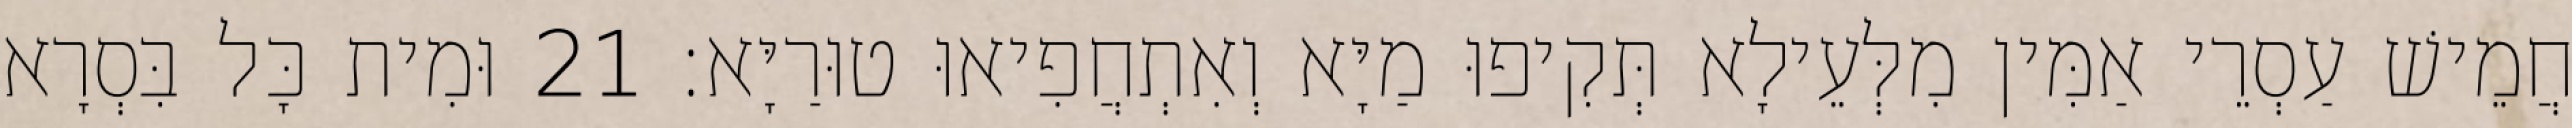
חֲמֵישׁ עַסְרֵי אַמִּין מִלְּעֵילָא תְּקִיפוּ מַיָּא וְאִתְחֲפִיאוּ טוּרַיָּא׃ 21 וּמִית כָּל בִּסְרָא